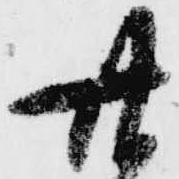
廿